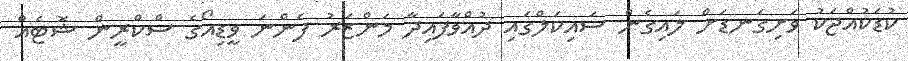
ކުޑަކުއްޖަކު ވަށިގަނޑަށް ލައިގެން ސައިކަލްގައި ދުއްވާފައިދާ މަންޒަރު ފެންނަ ވީޑިއޯގެ ސްކްރީން ޝޮޓެއް